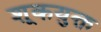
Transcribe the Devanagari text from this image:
शूकयुक्त